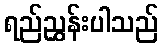
ရည်ညွှန်းပါသည်